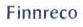
Finnreco